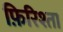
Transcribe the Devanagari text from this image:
फ़िरिश्ता